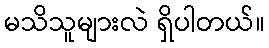
မသိသူများလဲ ရှိပါတယ်။